Report on vaccination North-West Frontier Province 1904-1922 - 1904-1922
Year: 1904
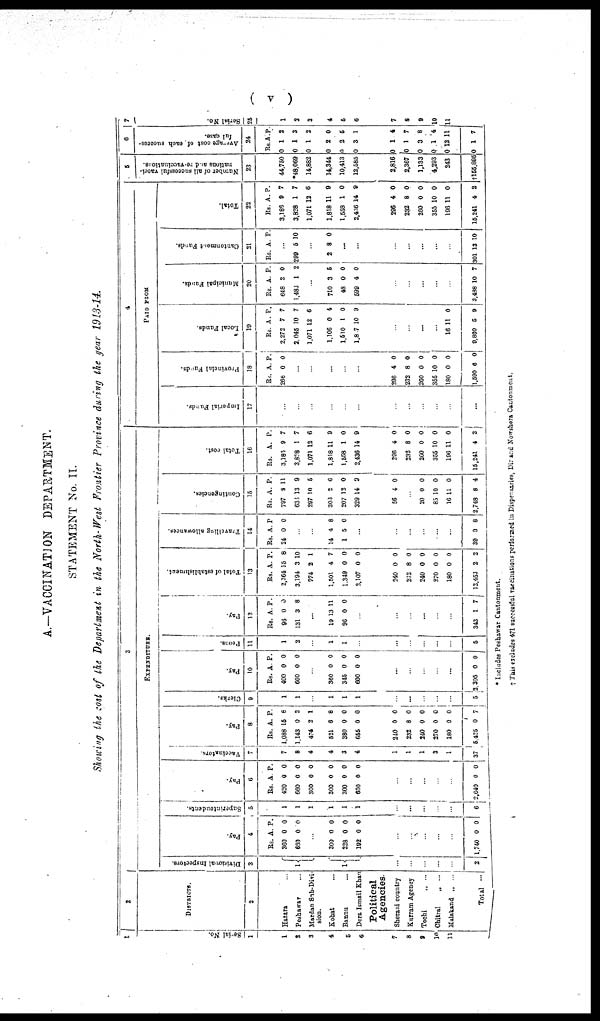
( v )
A.—VACCINATION
DEPARTMENT.
STATEMENT No. II.
Showing the cost of the Department in the North-West Frontier Province during the year 1913-14.
1
Serial No.
1
1
2
3
4
5
6
7
8
9
10
11
2
DISTRICTS.
2
Hazara ...
Peshawar ...
Mardan Sub-Divi¬
sion.
Kohat ...
Bannu ...
Dera Ismail Khan
Political
Agencies.
Sherani country
Kurram Agency
Tochi
„ ...
Chitral
„
...
Malakand
„ ...
Total
...
3
EXPENDITURE.
Divisional Inspectors.
3
1
1
...
...
...
...
...
2
Pay.
4
Rs.
360
630
A.
0
0
P.
0
0
...
300
228
192
0
0
0
0
0
0
...
...
...
...
...
1,740 0 0
Superintendents.
5
1
1
1
1
1
1
...
...
...
...
...
6
Pay.
6
Rs.
420
660
300
300
300
660
A
0
0
0
0
0
0
P.
0
0
0
0
0
0
...
...
...
...
...
2,640 0 0
Vaccinators.
7
7
8
4
4
3
4
1
1
1
3
1
37
Pay.
8
Rs.
1,088
1,143
474
521
380
665
A.
15
0
2
6
0
0
P.
8
2
1
8
0
0
240
232
240
270
180
5,425
0
8
0
0
0
0
0
0
0
0
0
7
Clerks.
9
1
1
...
1
1
1
...
...
...
...
...
5
Pay.
10
Rs.
400
600
A.
0
0
P.
0
0
...
360
345
600
0
0
0
0
0
0
...
...
...
...
...
2,305 0 0
Peons.
11
1
3
...
1
1
...
...
...
...
...
...
5
Pay.
12
Rs.
96
131
A.
0
3
P.
0
8
...
19
96
13
0
11
0
...
...
...
...
...
...
343 1 7
Total of establishment.
13
Rs.
2,364
3,194
774
1,501
1,349
2,107
A.
15
3
2
4
0
0
P.
8
10
1
7
0
0
240
232
240
270
180
12,453
0
8
0
0
0
2
0
0
0
0
0
2
Travelling allowances.
14
Rs.
24
A.
0
P.
0
...
...
14
1
4
5
8
0
...
...
...
...
...
...
39 9 8
Contingencies.
15
Rs.
797
633
297
303
207
329
A.
9
13
10
2
12
14
P.
11
9
5
6
0
0
56 4 0
...
20
85
16
2,748
0
10
11
8
0
0
0
4
Total cost.
16
Rs.
3,186
3,828
1,071
1,818
1,558
2,436
A.
9
1
12
11
1
14
P.
7
7
6
9
0
9
206
232
260
355
196
15,241
4
8
0
10
11
4
0
0
0
0
0
2
4
PAID FROM
Imperial Funds.
17
...
...
...
...
...
...
...
...
...
...
...
...
Provincial Funds.
18
Rs.
266
A.
0
P.
0
...
...
...
...
...
296
232
260
355
180
1,590
4
8
0
10
0
6
0
0
0
0
0
0
Local Funds.
19
Rs.
2,272
2,045
1,071
1,106
1,510
1,817
A.
7
10
12
0
1
10
P.
7
7
6
4
0
9
...
...
...
...
16
9,860
11
5
0
9
Municipal Funds.
20
Rs.
648
1,483
A.
2
1
P.
0
2
...
710
48
599
3
0
4
5
0
0
...
...
...
...
...
3,488 10 7
Cantonment Funds.
21
Rs. A. P.
299 5 10
...
2 8 0
...
...
...
...
...
...
...
301 13 10
Total.
22
Rs.
3,186
3,828
1,071
1,818
1,558
2,436
A.
9
1
12
11
1
14
P.
7
7
6
9
0
9
296
232
260
355
196
15,241
4
8
0
10
11
4
0
0
0
0
0
2
5
Number of all successful vacci¬
nations and re-vaccinations.
23
44,750
*48,069
14,882
14,344
10,413
12,585
2,816
2,367
1,133
4,293
243
†155,895
6
Average
cost of each success¬
ful case.
24
Rs.
0
0
0
0
0
0
A.
1
1
1
2
2
3
P.
2
3
2
0
5
1
0
0
0
0
0
0
1
1
3
1
12
1
4
7
8
4
11
7
7
Serial No.
25
1
2
3
4
5
6
7
8
9
10
11
* Includes Peshawar Cantonment.
† This excludes 471 successful vaccinations performed in Dispensaries, Dir and Nowshera Cantonment.